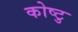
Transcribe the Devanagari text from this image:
कोष्टु